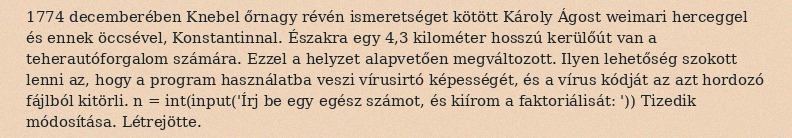
1774 decemberében Knebel őrnagy révén ismeretséget kötött Károly Ágost weimari herceggel és ennek öccsével, Konstantinnal. Északra egy 4,3 kilométer hosszú kerülőút van a teherautóforgalom számára. Ezzel a helyzet alapvetően megváltozott. Ilyen lehetőség szokott lenni az, hogy a program használatba veszi vírusirtó képességét, és a vírus kódját az azt hordozó fájlból kitörli. n = int(input('Írj be egy egész számot, és kiírom a faktoriálisát: ')) Tizedik módosítása. Létrejötte.